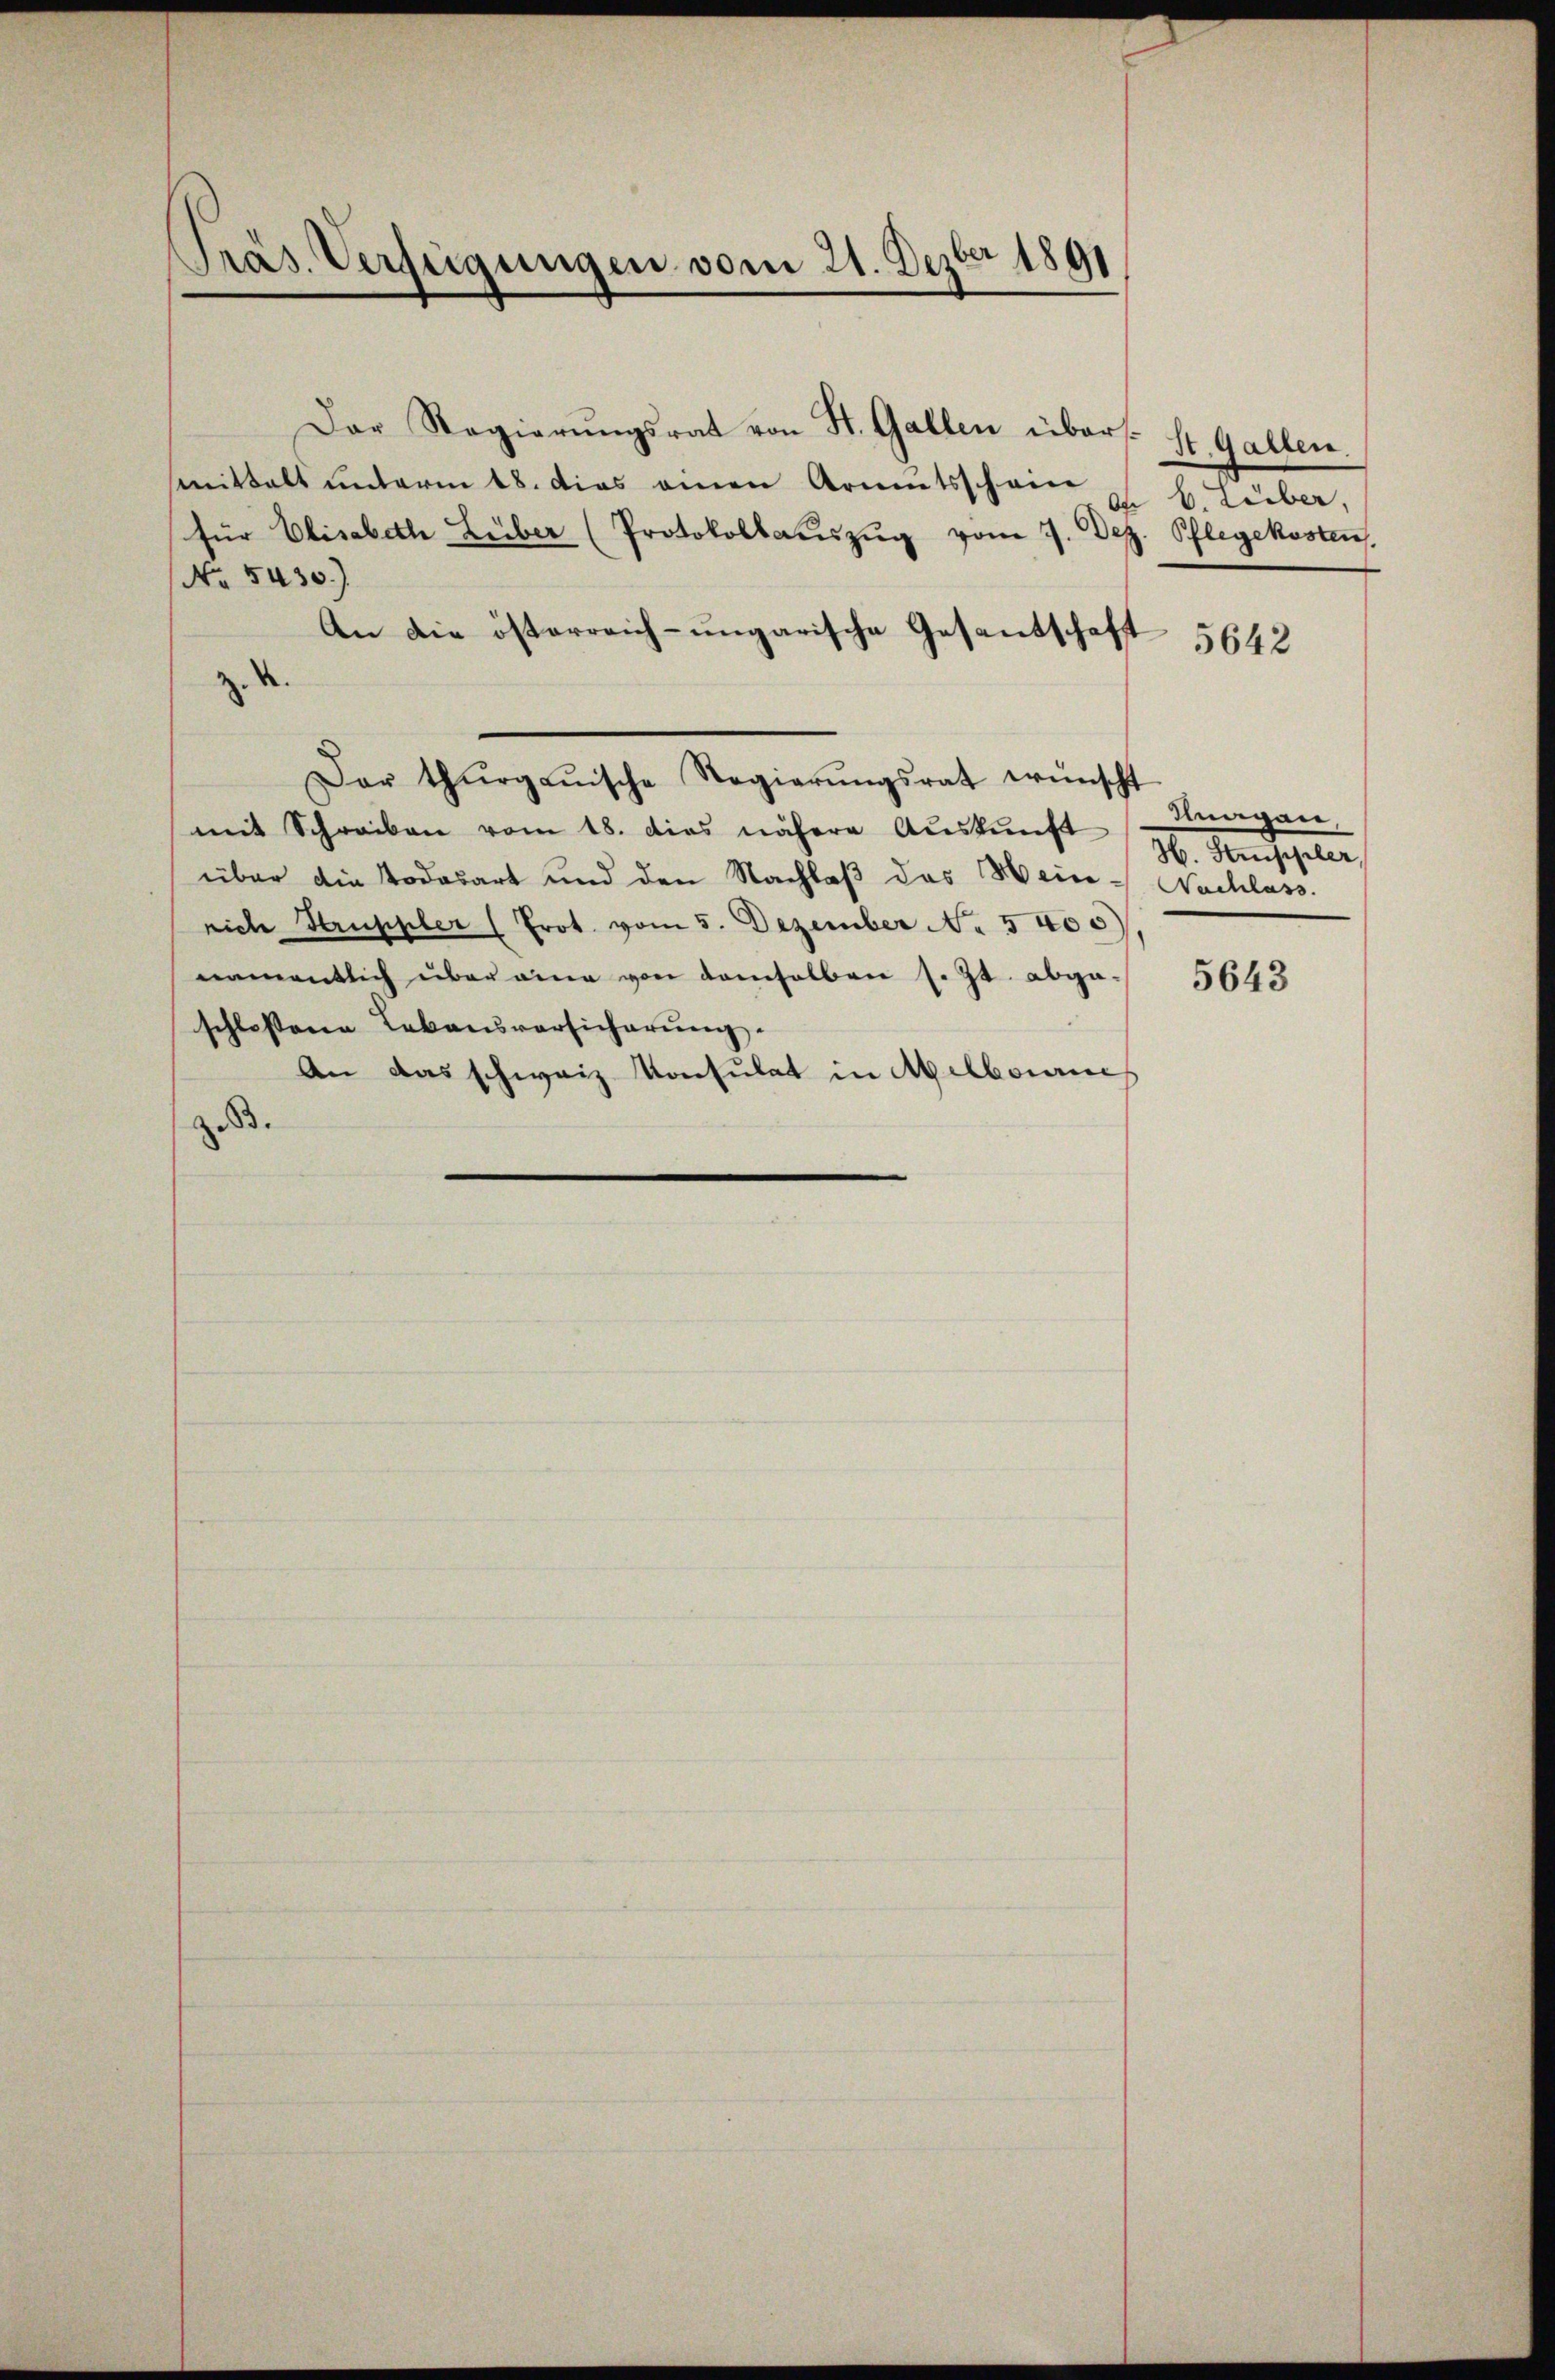
Präs. Verfügungen vom 21. Dezbr 1891

smittalt unterm 18. Das einen Armutsschein
für Elisabeth Lüber (Protokollaŭszŭg vom 7. Dez. Pflegekosten.
No 5430.)
An die österreich-ungarische Gesantschaft
z. R.
mit Schreiben vom 18. dies nähere Auskunft
über die Todesart und den Nachlaß des Hein- Nachlass
niche Struppler (Prot. vom 5. Dezember No 5400)
namentlich über eine von demselben s. Zt. abge-
schlossene Lebensversicherung.
An das schweiz konsulat in Melbornes
z.B.

Dar thurgauische Regierŭngsrat wünscht

Dar Regierŭngsrat von St. Gallen über. St. Gallen.

b. Lieber,

5642

dungen,
H. Struppeler

5643